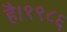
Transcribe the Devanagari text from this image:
है।१९८६